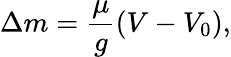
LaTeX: \Delta m=\frac{\mu}{g}(V-V_{0}),